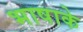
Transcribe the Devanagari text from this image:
भाषाके